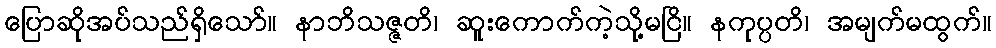
ပြောဆိုအပ်သည်ရှိသော်။ နာဘိသဇ္ဇတိ၊ ဆူးကောက်ကဲ့သို့မငြိ။ နကုပ္ပတိ၊ အမျက်မထွက်။